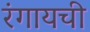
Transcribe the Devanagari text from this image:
रंगायची